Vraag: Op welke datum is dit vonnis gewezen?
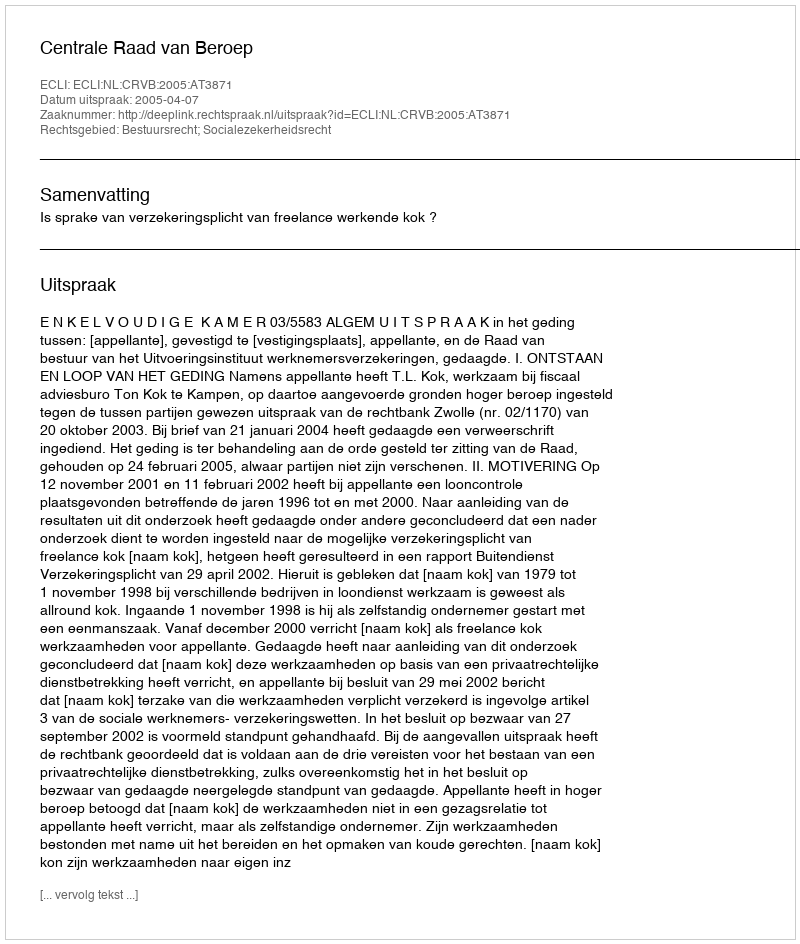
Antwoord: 2005-04-07